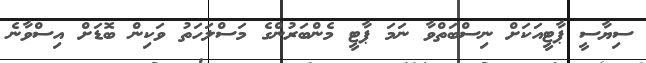
ސިޔާސީ ޕާޓީއަކަށް ނިސްބަތްވާ ނަމަ ޕާޓީ މެންބަރުންގެ މަސްލަހަތު ވަކިން ބޮޑަށް އިސްވާނެ